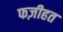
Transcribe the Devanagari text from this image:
फज़ीहत